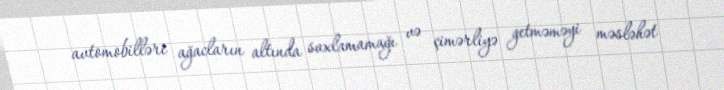
avtomobilləri ağacların altında saxlamamağı və çimərliyə getməməyi məsləhət